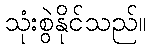
သုံးစွဲနိုင်သည်။